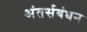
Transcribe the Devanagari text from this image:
अंतर्सबंधन